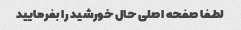
لطفا صفحه اصلی حال خورشید را بفرمایید